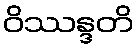
ဝိဿန္ဒတိ